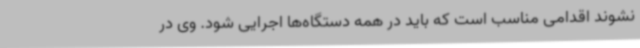
نشوند اقدامی مناسب است که باید در همه دستگاه‌ها اجرایی شود. وی در